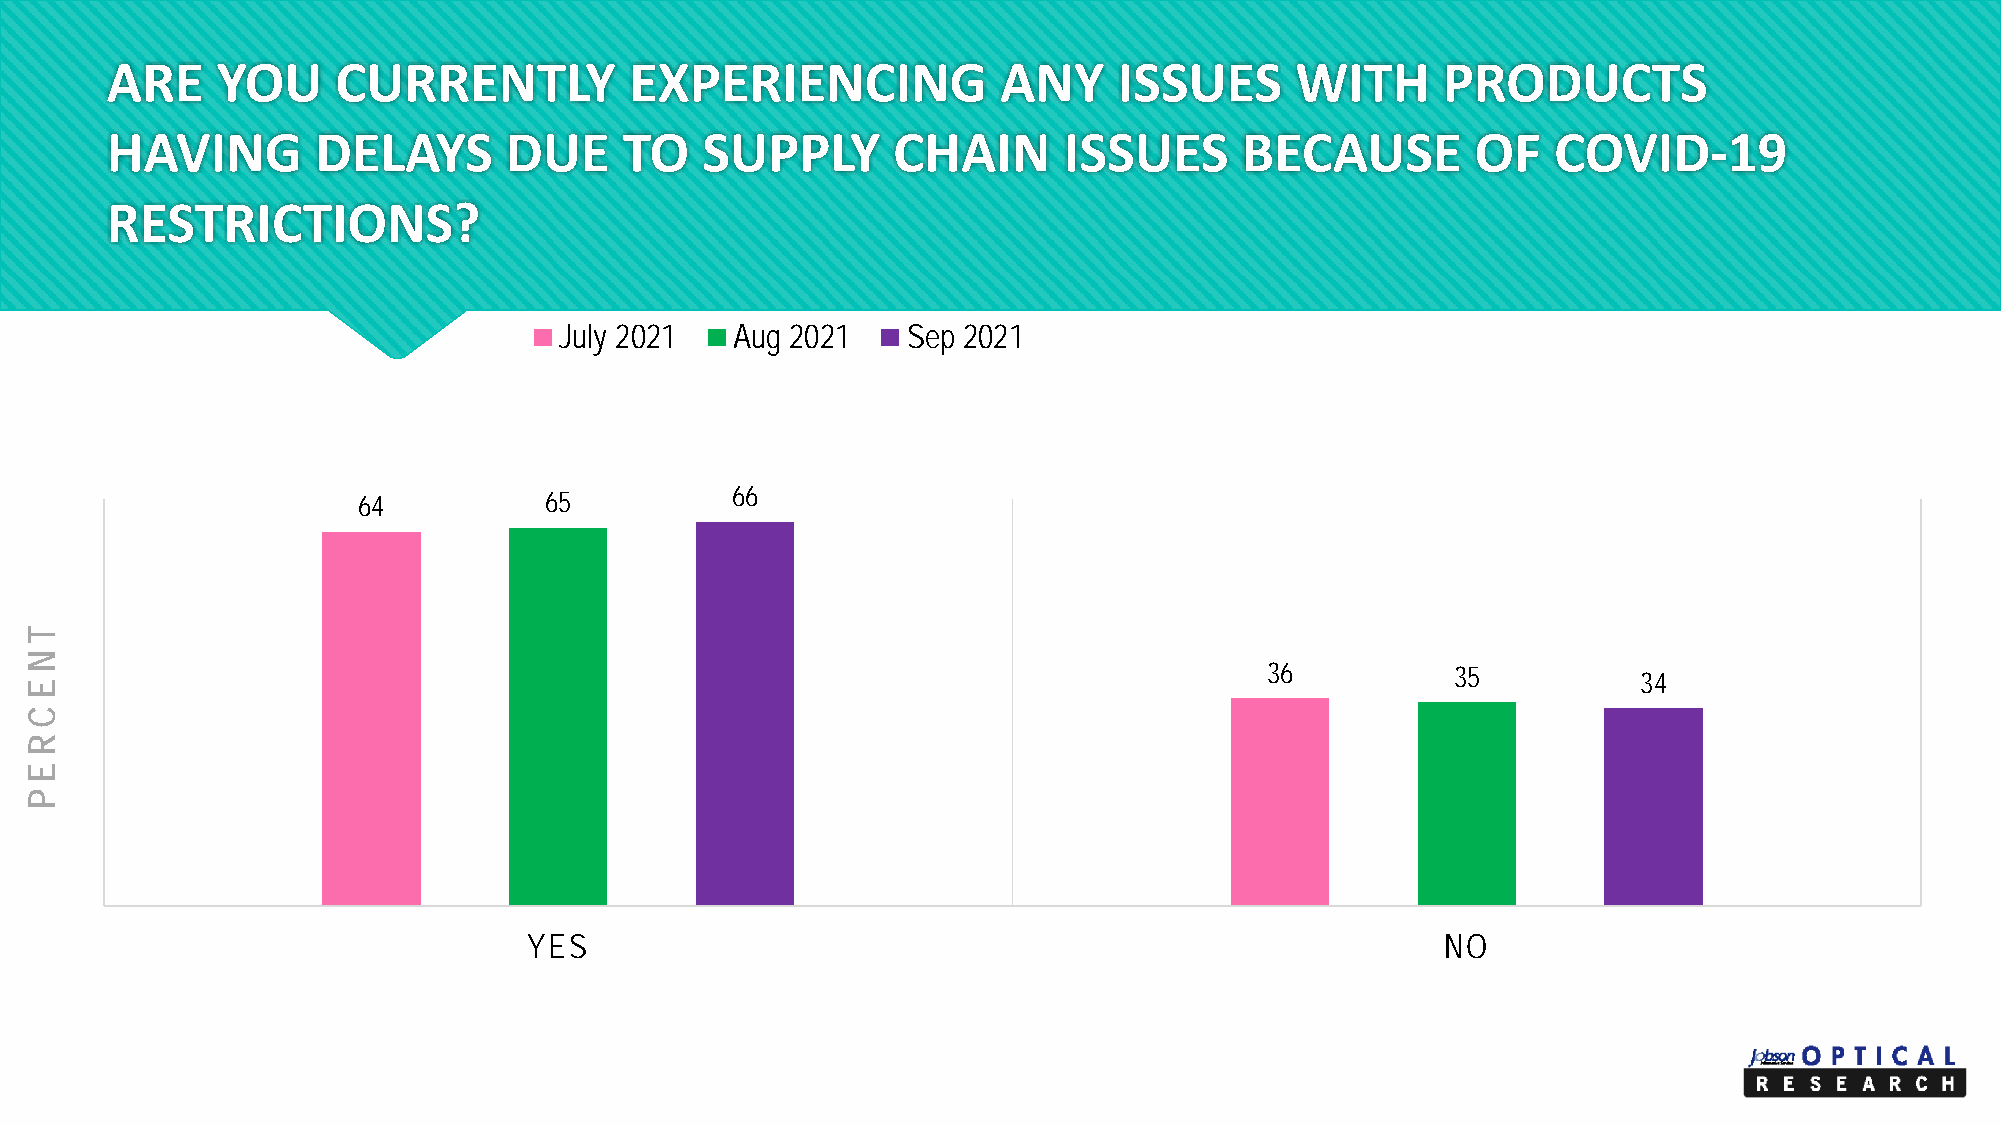
ARE    YOU     CURRENTLY           EXPERIENCING            ANY     ISSUES      WITH     PRODUCTS
 HAVING        DELAYS      DUE     TO   SUPPLY       CHAIN      ISSUES      BECAUSE         OF   COVID-19
 RESTRICTIONS?
 July 2021   Aug 2021   Sep 2021
 64          65          66
 36          35           34
 YES                                                          NO
 T
 NE
 C
 REP